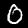
Digit: 0